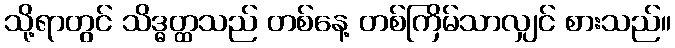
သို့ရာတွင် သိဒ္ဓတ္ထသည် တစ်နေ့ တစ်ကြိမ်သာလျှင် စားသည်။